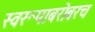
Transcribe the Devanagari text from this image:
स्वरूपाबरोबरच